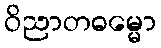
ဝိညာတဓမ္မော